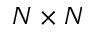
N \times N